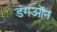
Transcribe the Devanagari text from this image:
डंगऑन